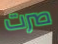
صرت